Annual report of the Imperial Bacteriologist
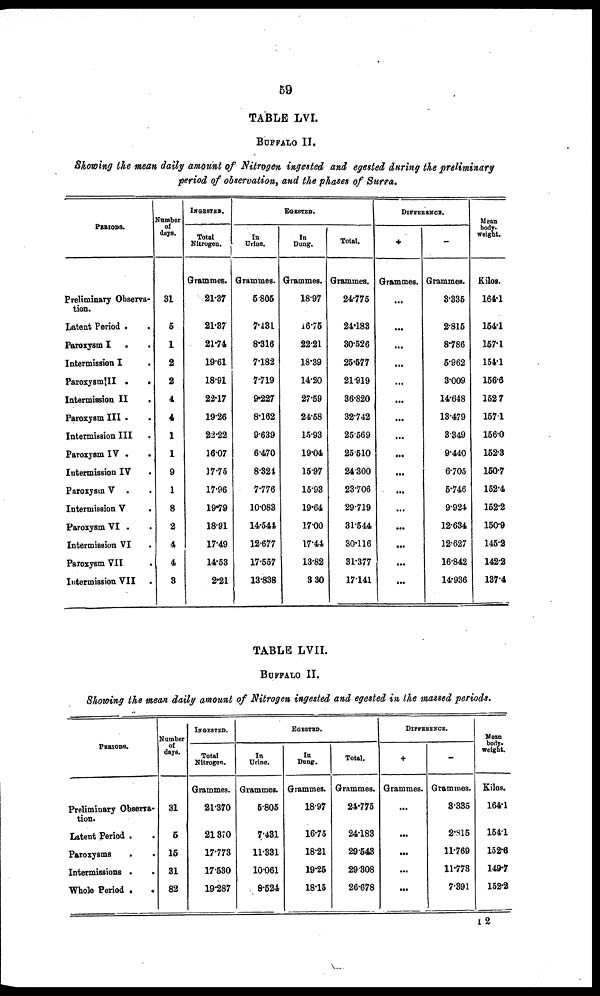
59
TABLE LVI.
BUFFALO II.
Showing the mean daily amount of Nitrogen ingested and egested during the preliminary
period of observation, and the phases of Surra.
PERIODS.
Preliminary Observa-
tion.
Latent Period . .
Paroxysm I . .
Intermission I
.
Paroxysm III .
.
Intermission II
.
Paroxysm III . .
Intermission III
.
Paroxysm IV .
.
Intermission IV .
Paroxysm V . .
Intermission V
.
Paroxysm VI . .
Intermission VI .
Paroxysm VII .
Intermission VII .
Number
of
days.
31
5
1
2
2
4
4
1
1
9
1
8
2
4
4
3
INGESTED
Total
Nitrogen.
Grammes.
21.37
21.37
21.74
19.61
18.91
22.17
19.26
22.22
16.07
17.75
17.96
19.79
18.91
17.49
14.53
2.21
EGESTED.
In
Urine.
Grammes.
5.805
7.431
8.316
7.182
7.719
9.227
8.162
9.639
6.470
8.324
7.776
10.083
14.544
12.677
17.557
13.838
In
Dung.
Grammes.
18.97
16.75
22.21
18.39
14.20
27.59
24.58
15.93
19.04
15.97
15.93
19.64
17.00
17.44
13.82
3.30
Total.
Grammes.
24.775
24.183
30.526
25.577
21.919
36.820
32.742
25.569
25.510
24.300
23.706
29.719
31.544
30.116
31.377
17.141
DIFFERENCE.
+
Grammes.
...
...
...
...
...
...
...
...
...
...
...
...
...
...
...
...
-
Grammes.
3.335
2.815
8.786
5.962
3.009
14.648
13.479
3.349
9.440
6.705
5.746
9.924
12.634
12.627
16.842
14.936
Mean
body-
weight.
Kilos.
164.1
154.1
157.1
154.1
156.6
152.7
157.1
156.0
152.3
150.7
152.4
152.2
150.9
145.2
142.2
137.4
TABLE LVII.
BUFFALO II.
Showing the mean daily amount of Nitrogen ingested and egested in the massed periods.
PERIODS.
Preliminary Observa-
tion.
Latent Period . .
Paroxysms
.
.
Intermissions . .
Whole Period . .
Number
of
days.
31
5
15
31
82
INGESTED.
Total
Nitrogen.
Grammes.
21.370
21.370
17.773
17.530
19.287
EGESTED.
In
Urine.
Grammes.
5.805
7.431
11.331
10.061
8.524
In
Dung.
Grammes.
18.97
16.75
18.21
19.25
18.15
Total.
Grammes.
24.775
24.183
29.543
29.808
26.678
DIFFERENCE.
+
Grammes.
...
...
...
...
...
-
Grammes.
3.335
2.815
11.769
11.778
7.391
Mean
body-
weight.
Kilos.
164.1
154.1
152.6
149.7
152.2
I 2